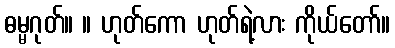
ဓမ္မဂုတ်။ ။ ဟုတ်ကော ဟုတ်ရဲ့လား ကိုယ်တော်။